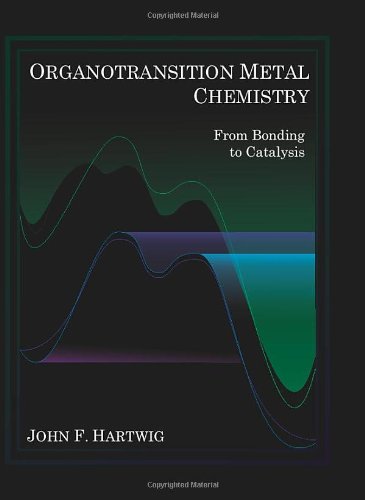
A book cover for Organotransition Metal Chemistry: From Bonding to Catalysis; John Hartwig; Science & Math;